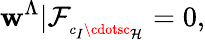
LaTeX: \mathbf{w}^{\Lambda}\vert\mathcal{{F}}_{_{c_{I}\cdotsc_{\mathcal{{H}}}}}=0,